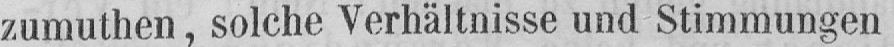
zumuthen, solche Verhältnisse und Stimmungen